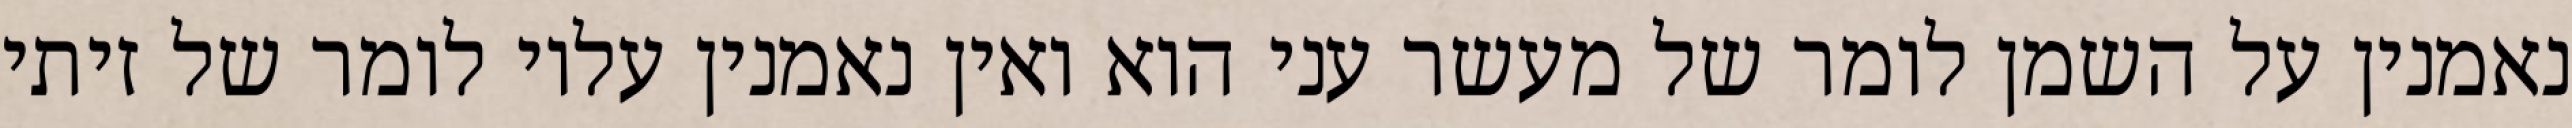
נאמנין על השמן לומר של מעשר עני הוא ואין נאמנין עליו לומר של זיתי